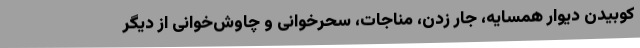
کوبیدن دیوار همسایه، جار زدن، مناجات، سحرخوانی و چاوُش‌خوانی از دیگر